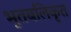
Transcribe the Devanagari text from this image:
भूतबलिकृत